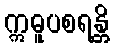
ဣဓူပစရန္တိ